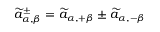
\widetilde { a } _ { \alpha , \beta } ^ { \pm } = \widetilde { a } _ { \alpha , + \beta } \pm \widetilde { a } _ { \alpha , - \beta }